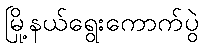
မြို့နယ်ရွေးကောက်ပွဲ